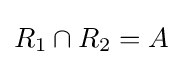
R_{1}\cap R_{2}=A